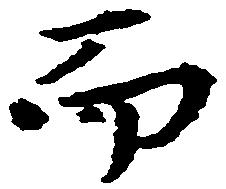
而